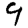
Digit: 9